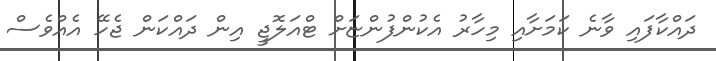
ދަައްކާފައި ވާނެ ކަމަށާއި މިހާރު އެކުންފުންޏަށް ޓްއަލޮޖީ އިން ދައްކަން ޖެހޭ އެއްވެސް